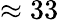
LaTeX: \approx 33